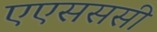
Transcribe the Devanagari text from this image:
एएसससी